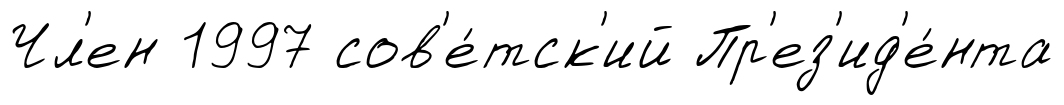
Чл'ен 1997 сов'е́тск'ий Пр'ез'ид'е́нта